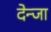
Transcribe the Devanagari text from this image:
देन्जा